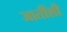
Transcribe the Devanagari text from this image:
जातींशी